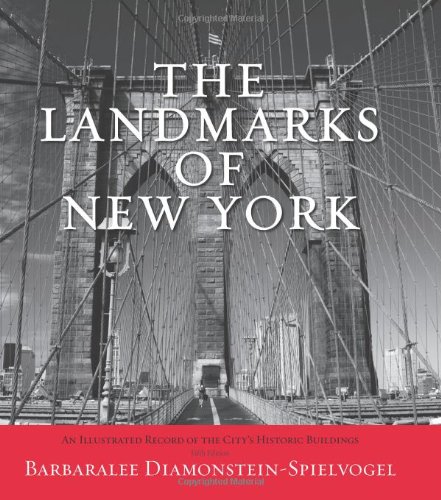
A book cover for The Landmarks of New York: An Illustrated Record of the City's Historic Buildings; Barbaralee Diamonstein-Spielvogel; Arts & Photography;